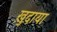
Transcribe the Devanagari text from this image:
ख़ु़दाया